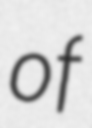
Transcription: of